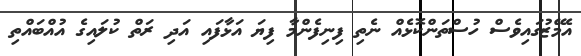
އެމޭޒުގައިވެސް ހުސްތަންކޮޅެއް ނެތި ފިނިފެންމާ ފިޔަ އަޅާފައި އަދި ރަތް ކުލައިގެ އުއްބައްތި